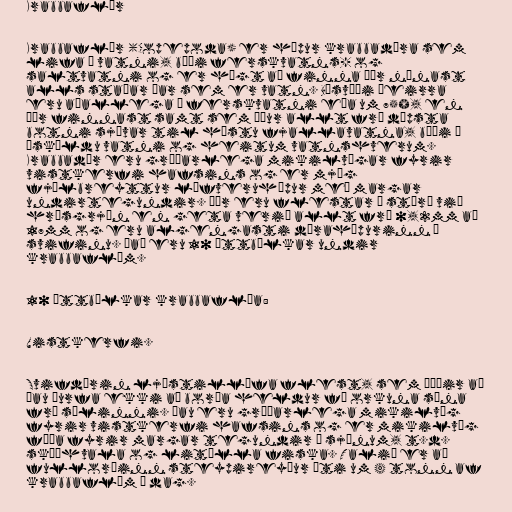
Krabbaflær

Krabbaflær (Copepoda) er hópur krabbadýra sem
lifa í vatni, bæði ferskvatns- og
saltvatni og er hægt að finna þær nánast
alls staðar þar sem er vatn. Búsvæði þeirra
eru aðallega í ferskvatni eða um 75%, en
þær finnast samt sem áður allt frá dýpsta
botni sjávar til hæstu fjallavatna, bæði í
ísköldu vatni og heitum vatnshverum.
Krabbadýr eru gríðarlega mikilvægar fyrir
vistkerfi hafsins og er mjög
fjölbreyttur lífveruhópur með margar
undirtegundir. Þær eru flestar á stærð við
hrísgrjón en geta verið allt frá 0,2mm að
17mm og eru algengasti dýrahópurinn í
svifinu. Það eru 10 ættbálkar undir
krabbaflóm.

10 ættbálkar krabbaflóa:

Vistkerfi.

Svifdýrin ljóstillífa flest, sem þýðir að
þau þurfa ekki að borða heldur fá orkuna sína
frá sólinni. Þau eru gríðarlega mikilvæg
fyrir vistkerfi hafsins og er mikilvæg
fæða fyrir margar tegundir í sjónum, t.d.
skíðhvala og litílla fiska. Talið er að
fullorðinn steypireyður éti um 4 tonn af
krabbaflóm á dag.